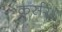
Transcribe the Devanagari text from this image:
कर्सर।